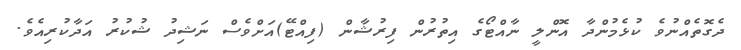
ދެގޮތެއްނުވެ ކުޅެމުންދާ އޮންލީ ނާއްޓޯގެ އިތުރުން ފިރުޝާން (ފިއްޓޭ)އަށްވެސް ނަޝިދު ޝުކުރު އަދާކުރިއެވެ.